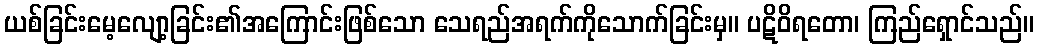
ယစ်ခြင်းမေ့လျော့ခြင်း၏အကြောင်းဖြစ်သော သေရည်အရက်ကိုသောက်ခြင်းမှ။ ပဋိဝိရတော၊ ကြည်ရှောင်သည်။